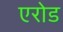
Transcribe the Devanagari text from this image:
एरोड